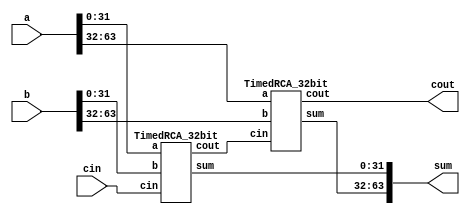
`timescale 1ns / 1ps
//////////////////////////////////////////////////////////////////////////////////
// Company: 
// Engineer: 
// 
// Design Name: 
// Module Name:    TimedRCA_64bit 
// Project Name: 
// Target Devices: 
// Tool versions: 
// Description: 
//
// Dependencies: 
//
// Revision: 
// Revision 0.01 - File Created
// Additional Comments: 
//
//////////////////////////////////////////////////////////////////////////////////
`define D	1		// define the delay
module TimedRCA_64bit(output [63:0] sum, output cout, input [63:0] a, b, input cin
    );

	wire c0;
	
	TimedRCA_32bit FBR0 (sum[31:0], c0, a[31:0], b[31:0], cin);
	TimedRCA_32bit FBR1 (sum[63:32], cout, a[63:32], b[63:32], c0);
endmodule

module TimedRCA_32bit(output [31:0] sum, output cout, input [31:0] a, b, input cin
    );

	wire c0;
	
	TimedRCA_16bit FBR0 (sum[15:0], c0, a[15:0], b[15:0], cin);
	TimedRCA_16bit FBR1 (sum[31:16], cout, a[31:16], b[31:16], c0);

endmodule

module TimedRCA_16bit(output [15:0] sum, output cout, input [15:0] a, b, input cin
    );

	wire c0;
	
	TimedRCA_8bit FBR0 (sum[7:0], c0, a[7:0], b[7:0], cin);
	TimedRCA_8bit FBR1 (sum[15:8], cout, a[15:8], b[15:8], c0);

endmodule

module TimedRCA_8bit(output [7:0] sum, output cout, input [7:0] a, b, input cin
    );

	wire c0;
	
	TimedRCA_4bit FBR0 (sum[3:0], c0, a[3:0], b[3:0], cin);
	TimedRCA_4bit FBR1 (sum[7:4], cout, a[7:4], b[7:4], c0);

endmodule

module TimedRCA_4bit(output [3:0] sum, output cout, input [3:0] a, b, input cin
    );

	wire c0,c1,c2;
	//Use four one bit Full Adders for a 4 bit Full Adder
	Timed_FullAdder FA0 (sum[0], c0, a[0], b[0], cin);
	Timed_FullAdder FA1 (sum[1], c1, a[1], b[1], c0);
	Timed_FullAdder FA2 (sum[2], c2, a[2], b[2], c1);
	Timed_FullAdder FA3 (sum[3], cout, a[3], b[3], c2);

endmodule

module Timed_FullAdder(
	 output sum, carry, input a, b, cin
    );
	 
	//wires
	wire xor1, and1, and2;
	//gates
	Timed_XorGate 	x1 (xor1,a,b);
	Timed_XorGate	x2 (sum,xor1,cin);
	and 	#`D	(and1, xor1,cin);
	and 	#`D	(and2, a,b);
	or 	#`D	(carry, and1, and2);

endmodule

module Timed_XorGate(output out, input a, b
    );
	wire a0, b0;
	wire and1, and2;
	//inverters
	not (a0, a);
	not (b0, b);
	//Create the output
	and #`D	(and1, a0, b);
	and #`D	(and2, a, b0);
	or  #`D	(out, and1, and2);	//output
	
endmodule